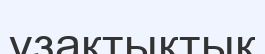
ұзақтықтық